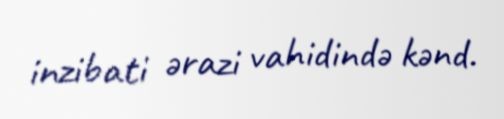
inzibati ərazi vahidində kənd.